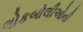
લોકબોલીઓની